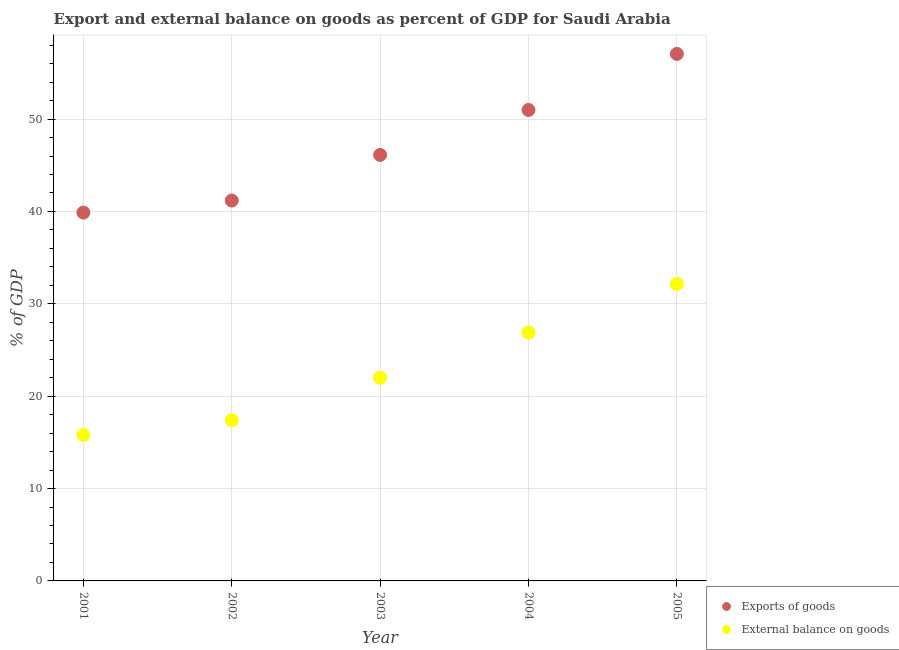
| Year | Exports of goods | External balance on goods |
 | --- | --- | --- |
 | 2001 | 39.9 | 15.8 |
 | 2002 | 41.2 | 17.4 |
 | 2003 | 46.1 | 22 |
 | 2004 | 51 | 26.9 |
 | 2005 | 57.1 | 32.1 |